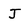
Character: J